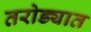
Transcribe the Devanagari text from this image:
तरोड्यात